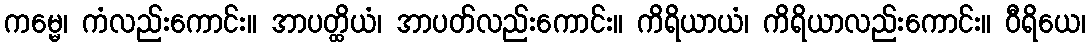
ကမ္မေ၊ ကံလည်းကောင်း။ အာပတ္ထိယံ၊ အာပတ်လည်းကောင်း။ ကိရိယာယံ၊ ကိရိယာလည်းကောင်း။ ဝီရိယေ၊